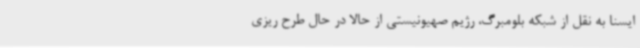
ایسنا به نقل از شبکه بلومبرگ، رژیم صهیونیستی از حالا در حال طرح ریزی